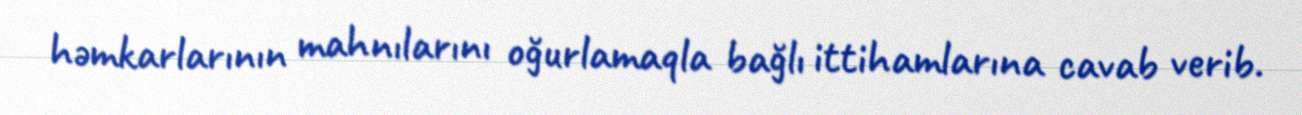
həmkarlarının mahnılarını oğurlamaqla bağlı ittihamlarına cavab verib.